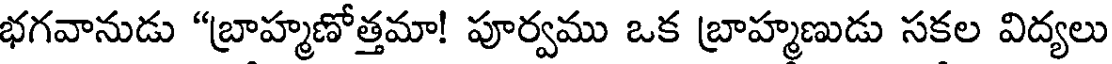
భగవానుడు "బ్రాహ్మణోత్తమా! పూర్వము ఒక బ్రాహ్మణుడు సకల విద్యలు